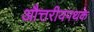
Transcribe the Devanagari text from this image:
औत्तरीयपथके